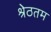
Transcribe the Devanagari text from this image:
श्रेठतम